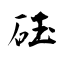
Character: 砡